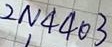
Text: 2N4403